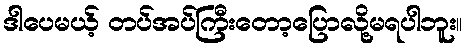
ဒါပေမယ့် တပ်အပ်ကြီးတော့ပြောလို့မရပါဘူး။